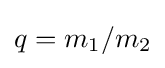
q=m_{1}/m_{2}